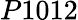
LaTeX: P1012